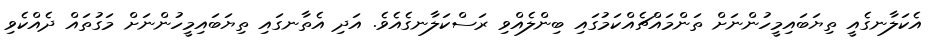
އެކަލާނގެއީ ތިޔަބައިމީހުންނަށް ތަންމައްޗެއްކަމުގައި ބިންލެއްވި ރަސްކަލާނގެއެވެ. އަދި އެތާނގައި ތިޔަބައިމީހުންނަށް މަގުތައް ދެއްކެވި